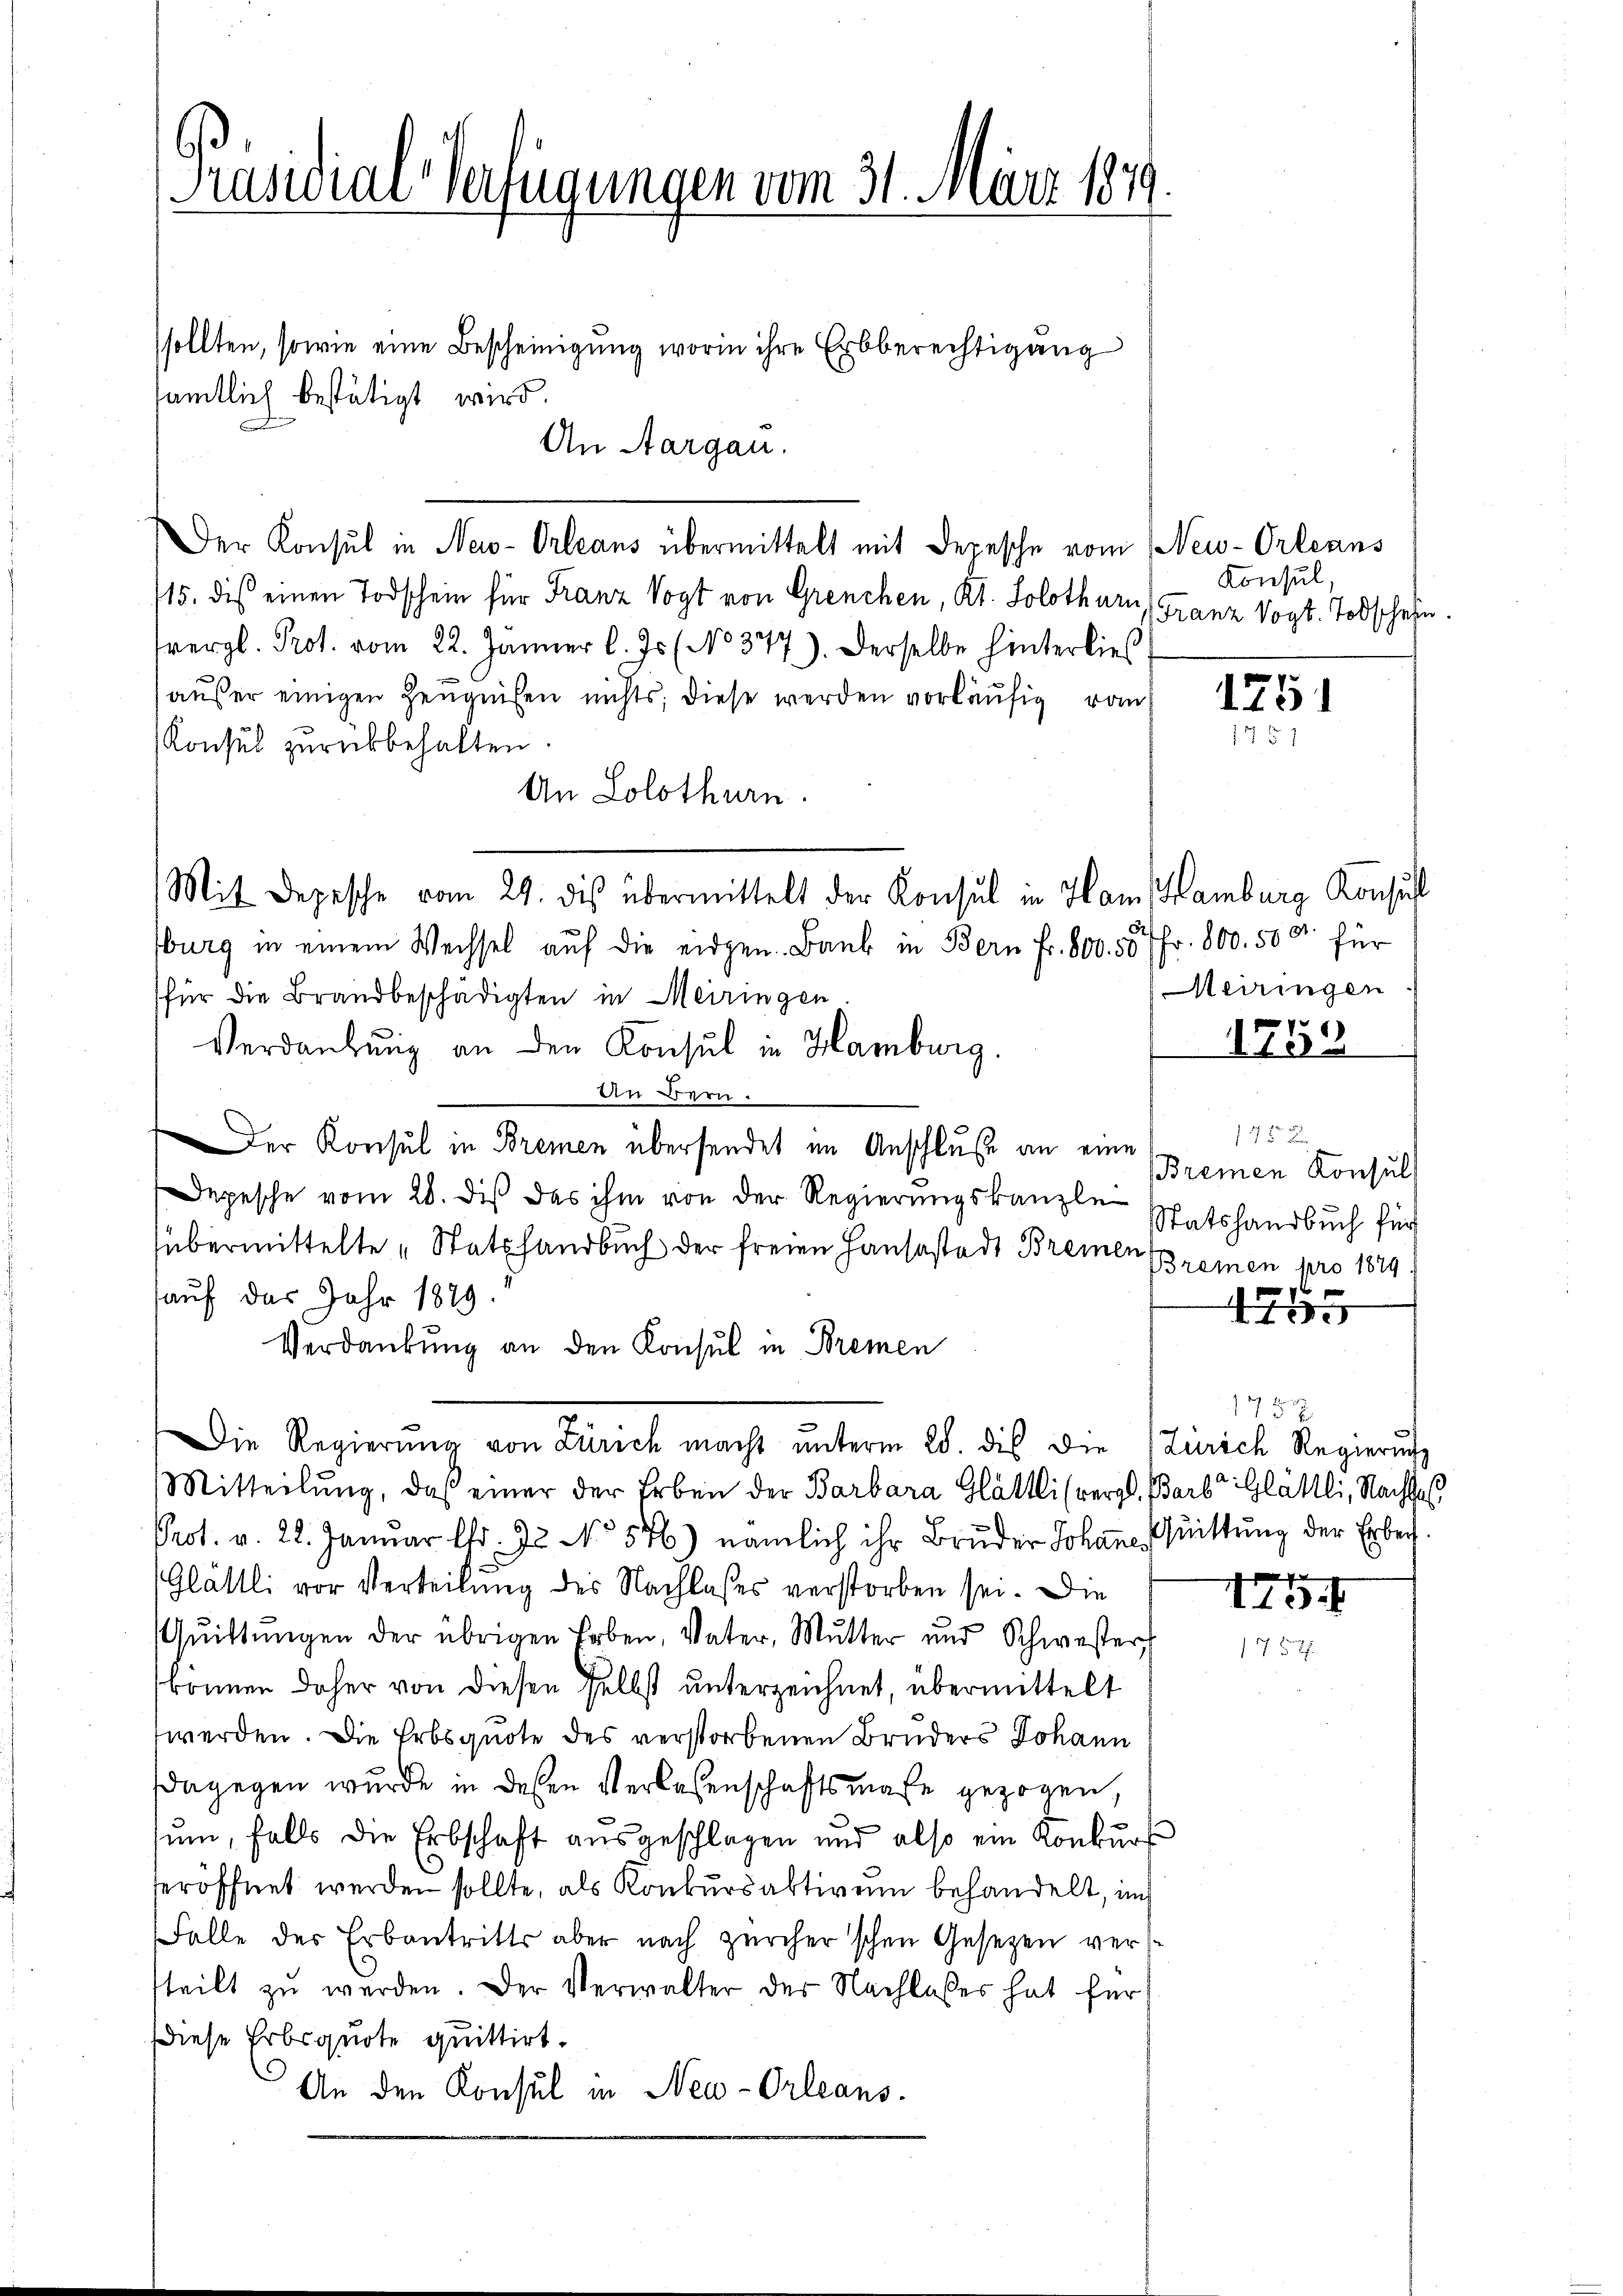
Präsidial-Verfügungen vom 31. März 1849.

sollten, sowie eine Bescheinigung worin ihre Erbberechtigung

An Aargau.
Der Konsul in New-Orleans übermittelt mit Depesche vom Neu-Orleans
115. die einen Todschein für Franz Vogt von Grenchen, Kt. Solothurn
tvergl. Prot. vom 22. Jänner l. Js. (No 347). Derselbe hinterließ
äŭβer einigen Zeŭgnissen nichts; diese werden vorläŭfig von
Konsul zurückbehalten.
An Solothurn.
Mit Depesche vom 29. dis übermittelt der Konsul in Ham Hamburg Konsul
burg in einem Wechsel aŭf die eidgen. Bank in Bern Fr. 800. 557 Fr. 800. 500 für
für die Brandbeschädigten in Meiringen
Verdankŭng an den Konsul in Hamburg.
An Bern.
Der Konsul in Bremen übersendet im Anschluße an eine
Depesche vom 28. dis das ihm von der Regierungskanzle
übermittelte „Stattfandbuch der freien Hausastadt Bremen Bremen pro 1879
auf das Jahr 1849.
Verdankung an den Konsul in Bremen
Die Regierŭng von Zürich macht ŭnterm 28. dis die Zürich Regierŭng
Mitteilung, daß einer der Erben der Barbara Glättli (vergl. Barb. Glättli, Nachlas
Prot. v. 28. Januar ltr. 72 No 576) nämlich ihr Bruder Johanne, Quittung der Erbei¬
Glättli vor Verteilung des Nachlasses verstorben sei. Die
Qŭittŭngen der übrigen Erben, Vater Mŭtter und Schwester
können daher von diesen selbst unterzeichnet, übermittelt
werden. Die Erbsquote des verstorbenen Bruders Johann
dagegen wurde in deßen Verlesenschaftsmaße gezogen,
sum, falls die Erbschaft ausgeschlagen und also ein Konkŭrs
eröffnet werden sollte, als Konkursaktivum behandelt, in
Falle des Erbantritts aber nach Zürcher'schen Gesetzen vertteilt zŭ werden. Der Verwalter der Nachlasses hat für
diese Erbquote quittirt.
An den Konsul in Neu-Orleans

sämtlich bestätigt wird.

Konsul
Franz Vogt. Todschehn.

17

1251

Meiringen

)
175.

135 x
Bremen Konsul
tatshandbuch für

45

1473

I13